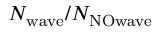
N _ { \mathrm { w a v e } } / N _ { \mathrm { N O w a v e } }